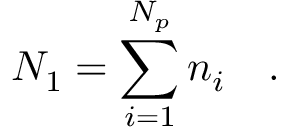
N _ { 1 } = \sum _ { i = 1 } ^ { N _ { p } } n _ { i } \quad .